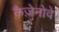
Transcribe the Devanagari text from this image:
कैज़ेनोवे